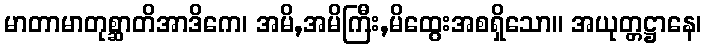
မာတာမာတုစ္ဆာတိအာဒိကေ၊ အမိ,အမိကြီး,မိထွေးအစရှိသော။ အယုတ္တဋ္ဌာနေ၊